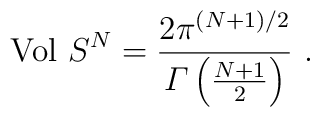
{\rm Vol}\ S^N = \frac{2 \pi^{(N + 1)/2}}{{\mit\Gamma}\left( \frac{N + 1}{2} \right)} \ .